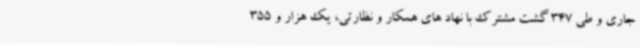
جاری و طی 347 گشت مشترک با نهاد های همکار و نظارتی، یک هزار و 355